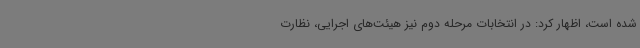
شده است، اظهار کرد: در انتخابات مرحله دوم نیز هیئت‌های اجرایی، نظارت